Report on vaccination in Madras 1895-1903 - 1895-1903
Year: 1895
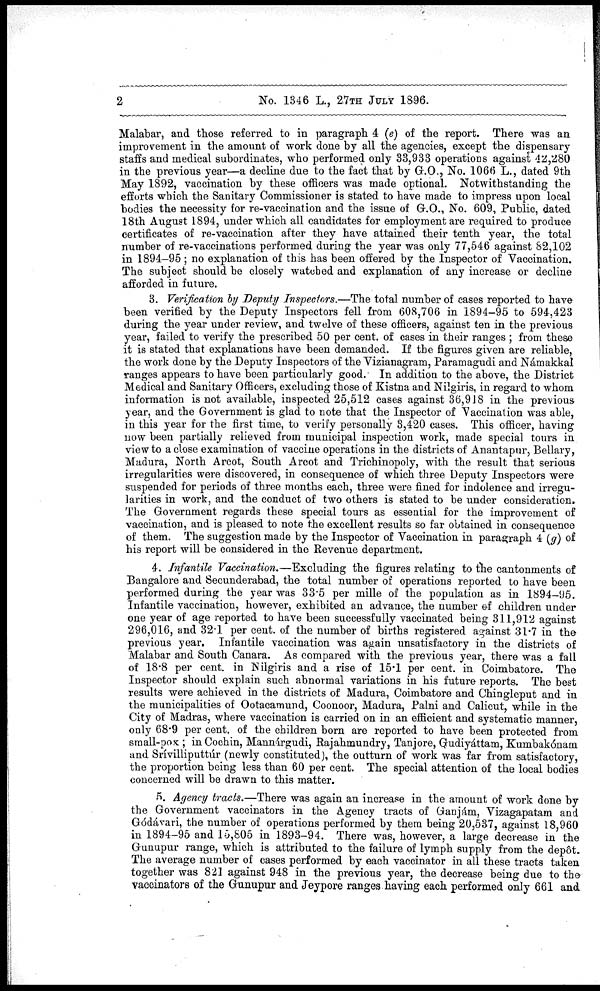
2
No. 1346 L., 27TH JULY 1896.
Malabar, and those referred to in paragraph 4 (e) of the report. There was an
improvement in the amount of work done by all the agencies, except the dispensary
staffs and medical subordinates, who performed only 33,933 operations against 42,280
in the previous year—a decline due to the fact that by G.O., No. 1066 L., dated 9th
May 1892, vaccination by these officers was made optional. Notwithstanding the
efforts which the Sanitary Commissioner is stated to have made to impress upon local
bodies the necessity for re-vaccination and the issue of G.O., No. 609, Public, dated
18th August 1894, under which all candidates for employment are required to produce
certificates of re-vaccination after they have attained their tenth year, the total
number of re-vaccinations performed during the year was only 77,546 against 82,102
in 1894-95; no explanation of this has been offered by the Inspector of Vaccination.
The subject should be closely watched and explanation of any increase or decline
afforded in future.
3. Verification by Deputy Inspectors.—The total number of cases reported to have
been verified by the Deputy Inspectors fell from 608,706 in 1894-95 to 594,423
during the year under review, and twelve of these officers, against ten in the previous
year, failed to verify the prescribed 50 per cent. of cases in their ranges; from these
it is stated that explanations have been demanded. If the figures given are reliable,
the work done by the Deputy Inspectors of the Vizianagram, Paramagudi and Námakkal
ranges appears to have been particularly good. In addition to the above, the District
Medical and Sanitary Officers, excluding those of Kistna and Nilgiris, in regard to whom
information is not available, inspected 25,512 cases against 36,918 in the previous
year, and the Government is glad to note that the Inspector of Vaccination was able,
in this year for the first time, to verify personally 3,420 cases. This officer, having
now been partially relieved from municipal inspection work, made special tours in
view to a close examination of vaccine operations in the districts of Anantapur, Bellary,
Madura, North Arcot, South Arcot and Trichinopoly, with the result that serious
irregularities were discovered, in consequence of which three Deputy Inspectors were
suspended for periods of three months each, three were fined for indolence and irregu-
larities in work, and the conduct of two others is stated to be under consideration.
The Government regards these special tours as essential for the improvement of
vaccination, and is pleased to note the excellent results so far obtained in consequence
of them. The suggestion made by the Inspector of Vaccination in paragraph 4 (g) of
his report will be considered in the Revenue department.
4. Infantile Vaccination.—Excluding the figures relating to the cantonments of
Bangalore and Secunderabad, the total number of operations reported to have been
performed during the year was 33.5 per mille of the population as in 1894-95.
Infantile vaccination, however, exhibited an advance, the number of children under
one year of age reported to have been successfully vaccinated being 311,912 against
296,016, and 32.1 per cent. of the number of births registered against 31.7 in the
previous year. Infantile vaccination was again unsatisfactory in the districts of
Malabar and South Canara. As compared with the previous year, there was a fall
of 18.8 per cent. in Nilgiris and a rise of 15.1 per cent. in Coimbatore. The
Inspector should explain such abnormal variations in his future reports. The best
results were achieved in the districts of Madura, Coimbatore and Chingleput and in
the municipalities of Ootacamund, Coonoor, Madura, Palni and Calicut. while in the
City of Madras, where vaccination is carried on in an efficient and systematic manner,
only 68.9 per cent. of the children born are reported to have been protected from
small-pox ; in Cochin, Mannárgudi, Rajahmundry, Tanjore, Gudiyáttam, Kumbakónam
and Srívillipúttur (newly constituted), the outturn of work was far from satisfactory,
the proportion being less than 60 per cent. The special attention of the local bodies
concerned will be drawn to this matter.
5. Agency tracts.—There was again an increase in the amount of work done by
the Government vaccinators in the Agency tracts of Ganjám, Vizagapatam and
Gódávari, the number of operations performed by them being 20,537, against 18,960
in 1894-95 and 15,805 in 1893-94. There was, however, a large decrease in the
Gunupur range, which is attributed to the failure of lymph supply from the depôt.
The average number of cases performed by each vaccinator in all these tracts taken
together was 821 against 948 in the previous year, the decrease being due to the
vaccinators of the Gunupur and Jeypore ranges having each performed only 661 and